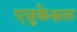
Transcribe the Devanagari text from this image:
एजुकेश्नल